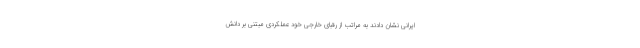
ایرانی نشان دادند به مراتب از رقبای خارجی خود عملکردی مبتنی بر دانش